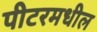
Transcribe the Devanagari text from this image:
पीटरमधील